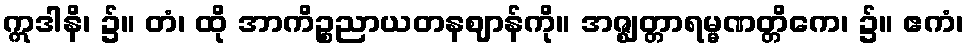
ဣဒါနိ၊ ၌။ တံ၊ ထို အာကိဉ္စညာယတနဈာန်ကို။ အဇ္ဈတ္တာရမ္မဏတ္တိကေ၊ ၌။ ဧကံ၊